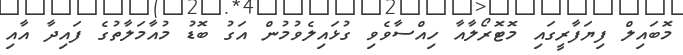
މޮބައިލް ފިޔަފާރީގައި މޮޓޮރޯލާއާ ހިއްސާވެވި ގުޅައިލެވުމުން އަގު ބޮޑު މުއާމަލާތުގެ ފައިދާ އާއި